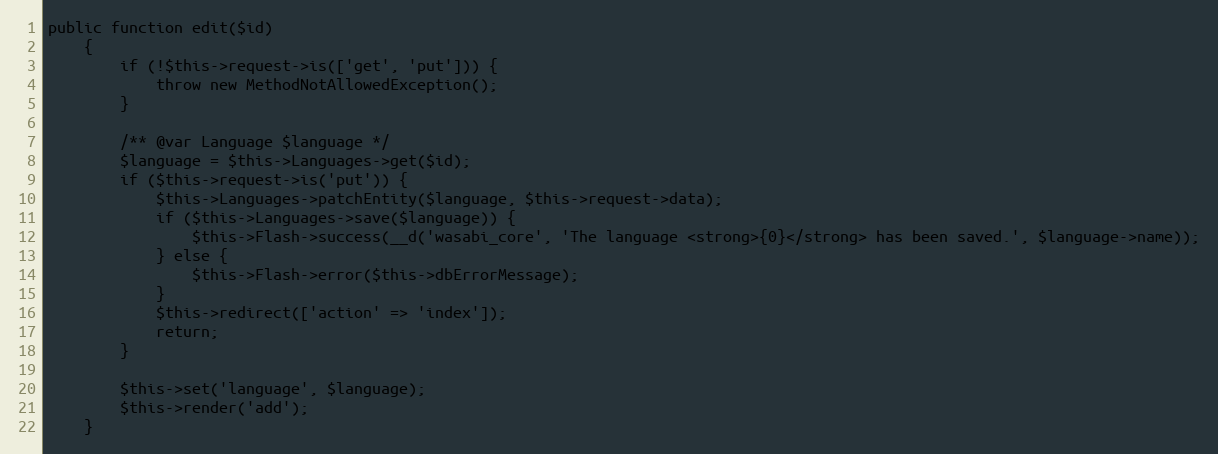
Language: PHP
public function edit($id)
    {
        if (!$this->request->is(['get', 'put'])) {
            throw new MethodNotAllowedException();
        }

        /** @var Language $language */
        $language = $this->Languages->get($id);
        if ($this->request->is('put')) {
            $this->Languages->patchEntity($language, $this->request->data);
            if ($this->Languages->save($language)) {
                $this->Flash->success(__d('wasabi_core', 'The language <strong>{0}</strong> has been saved.', $language->name));
            } else {
                $this->Flash->error($this->dbErrorMessage);
            }
            $this->redirect(['action' => 'index']);
            return;
        }

        $this->set('language', $language);
        $this->render('add');
    }